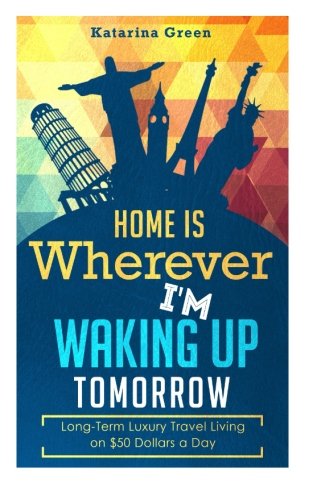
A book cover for Budget Travel: Home is Wherever I?m Waking up Tomorrow: Long-Term Luxury Living; Katarina Green; Travel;